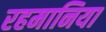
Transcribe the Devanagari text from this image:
रहमानिया